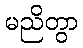
မညိတွာ